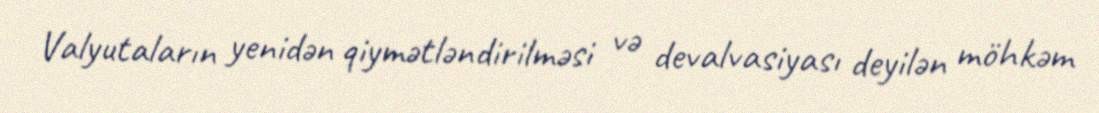
Valyutaların yenidən qiymətləndirilməsi və devalvasiyası deyilən möhkəm